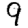
Digit: 9